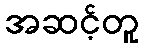
အဆင့်တူ